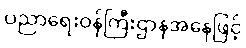
ပညာရေးဝန်ကြီးဌာနအနေဖြင့်